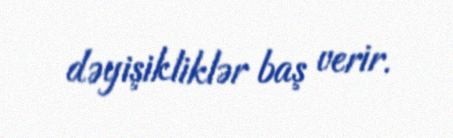
dəyişikliklər baş verir.